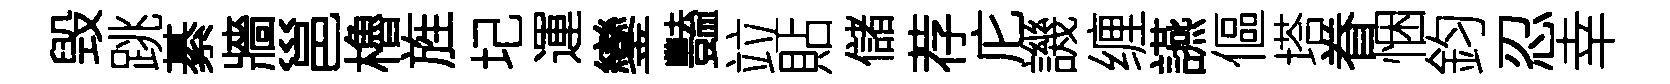
毁跳綦牆邕櫓旌圮運鑾豔竝貼儲荐庀譏缠讌傴塔眷悃鈞忍幸